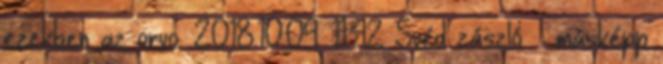
ezekben az orvo. 2018.10.09. 11:42 Svéd zászló – másképp